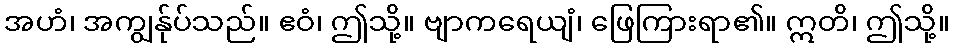
အဟံ၊ အကျွန်ုပ်သည်။ ဧဝံ၊ ဤသို့။ ဗျာကရေယျံ၊ ဖြေကြားရာ၏။ ဣတိ၊ ဤသို့။